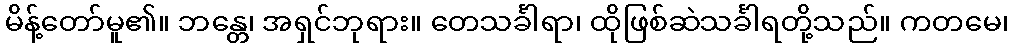
မိန့်တော်မူ၏။ ဘန္တေ၊ အရှင်ဘုရား။ တေသင်္ခါရာ၊ ထိုဖြစ်ဆဲသင်္ခါရတို့သည်။ ကတမေ၊